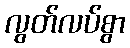
လွတ်လပ်စွာ